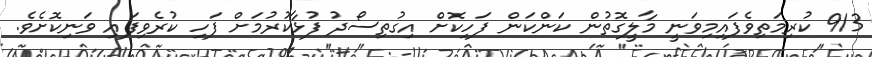
913 ކުރިމަތިވެފައިމިވަނީ މާލީގޮތުން ކަންކަން ފަހިކޮށް އިގުތިސޯދު ފުޅާކުރުމަށް ފަހި ކުރެވިފައި ވަނިކޮށެވެ.